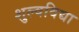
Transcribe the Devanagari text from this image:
शुल्वविद्या